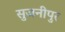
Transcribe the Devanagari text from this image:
सुजनीपुर